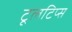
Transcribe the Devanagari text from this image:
टूलटिप्स